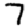
Digit: 7